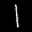
Label: 1